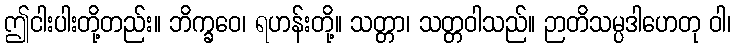
ဤငါးပါးတို့တည်း။ ဘိက္ခဝေ၊ ရဟန်းတို့။ သတ္တာ၊ သတ္တဝါသည်။ ဉာတိသမ္ပဒါဟေတု ဝါ၊